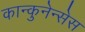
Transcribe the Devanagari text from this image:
कान्कुनेन्सेस